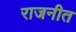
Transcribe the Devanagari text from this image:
राजनीत